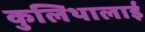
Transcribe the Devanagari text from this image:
कुलिथालाई